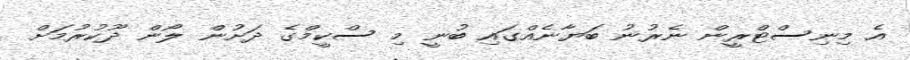
އެ މިނިސްޓްރީން ނެރުނު ބަޔާނެއްގައި ބުނީ މި ސްކީމްގެ ދަށުން ލޯން ދޫކުރުމަށް